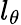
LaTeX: l_{\theta}